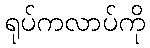
ရုပ်ကလာပ်ကို